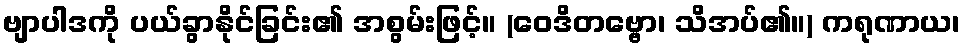
ဗျာပါဒကို ပယ်ခွာနိုင်ခြင်း၏ အစွမ်းဖြင့်။ (ဝေဒိတဗ္ဗော၊ သိအပ်၏။) ကရုဏာယ၊